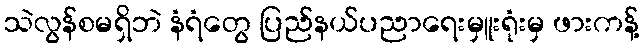
သဲလွန်စမရှိဘဲ နံရံတွေ ပြည်နယ်ပညာရေးမှူးရုံးမှ ဖားကန့်